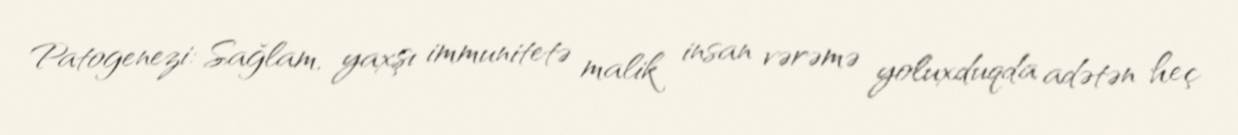
Patogenezi: Sağlam, yaxşı immunitetə malik insan vərəmə yoluxduqda adətən heç